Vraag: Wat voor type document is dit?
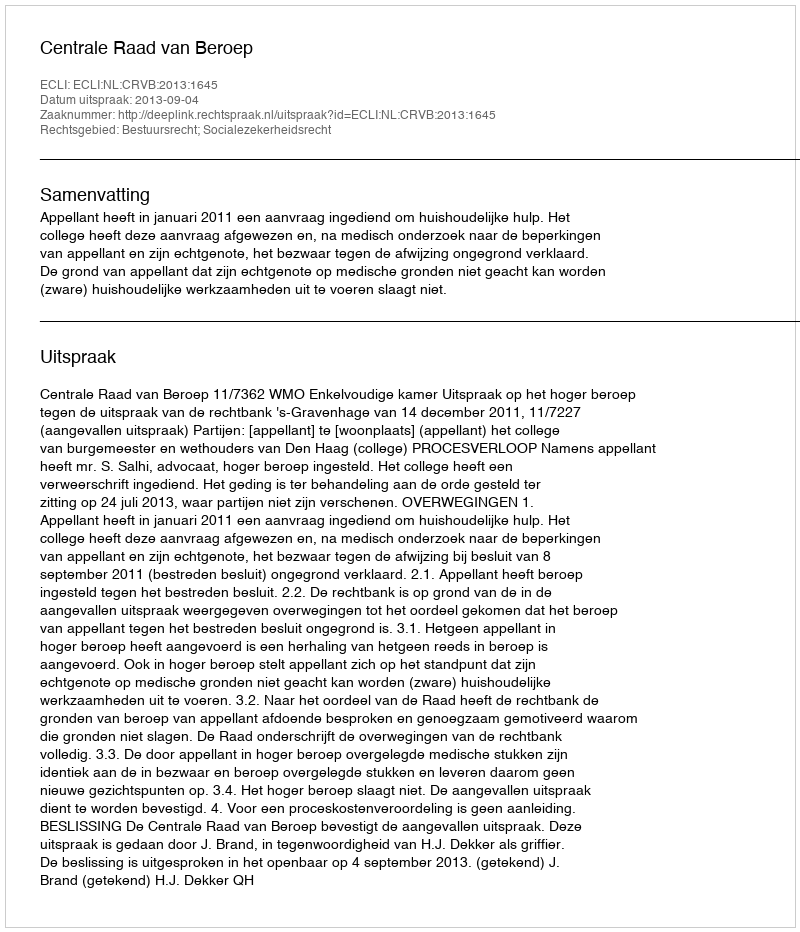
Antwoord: Uitspraak